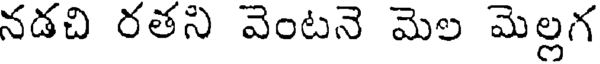
నడచి రతని వెంటనె మెల మెల్లగ